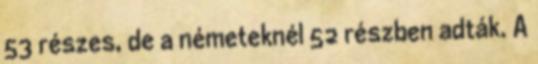
53 részes, de a németeknél 52 részben adták. A